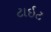
ટાઇટ